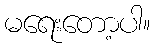
မရေးတော့ပါ။